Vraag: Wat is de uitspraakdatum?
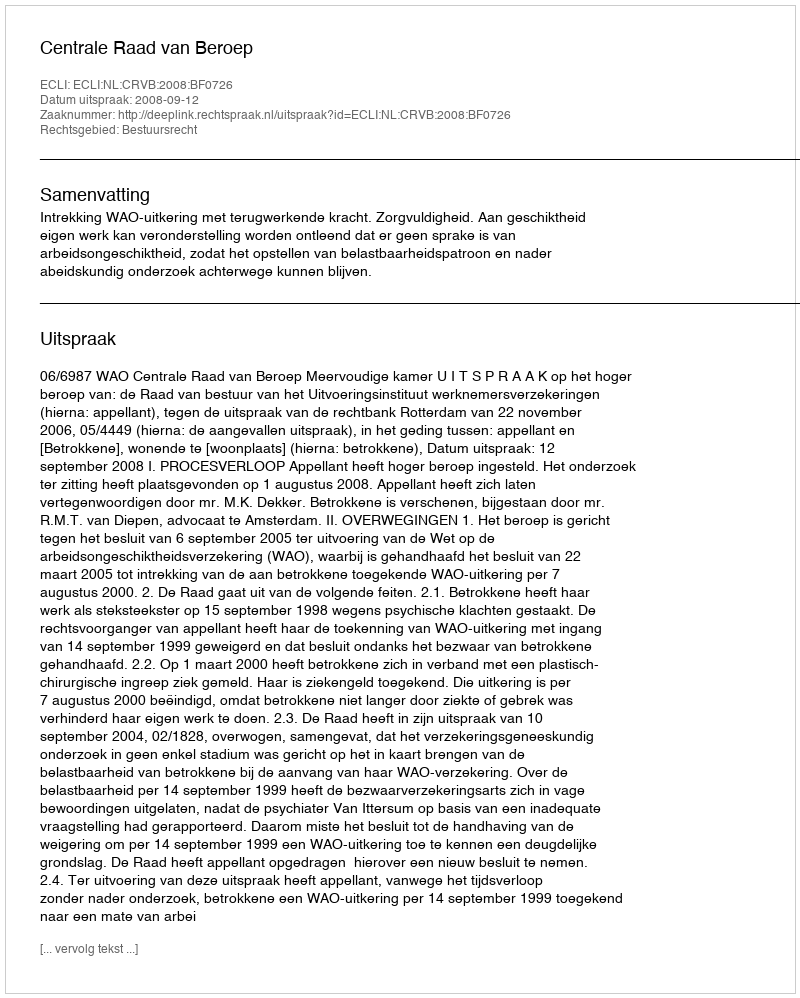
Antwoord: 2008-09-12